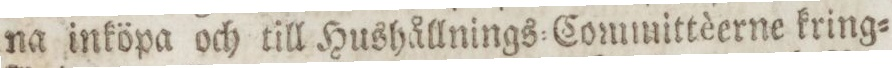
na inköpa och till Hushållnings=Committèerne kring=